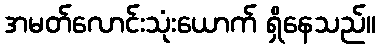
အမတ်လောင်းသုံးယောက် ရှိနေသည်။